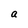
Character: a